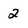
Character: 2